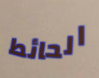
الحائط